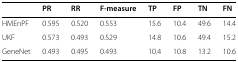
|  | PR | RR | F-measure | TP | FP | TN | FN |
 | --- | --- | --- | --- | --- | --- | --- | --- |
 | HMEnPF | 0.595 | 0.520 | 0.553 | 15.6 | 10.4 | 49.6 | 14.4 |
 | UKF | 0.573 | 0.493 | 0.529 | 14.8 | 10.6 | 49.4 | 15.2 |
 | GeneNet | 0.493 | 0.495 | 0.493 | 10.4 | 10.8 | 13.2 | 10.6 |